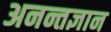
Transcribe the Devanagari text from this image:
अनन्तज्ञान